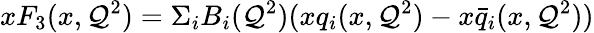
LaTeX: xF_{3}(x,\mathcal{Q}^{2})=\Sigma_{i}B_{i}(\mathcal{Q}^{2})(xq_{i}(x,\mathcal{Q}^{2})-x\bar{{q}}_{i}(x,\mathcal{Q}^{2}))